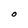
Character: O